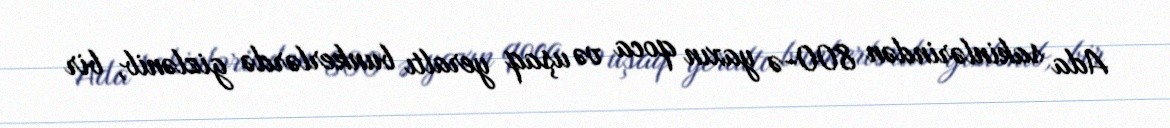
Ada sakinlərindən 800-ə yaxın qoca və uşaq yeraltı bunkerlərdə gizlənib, bir